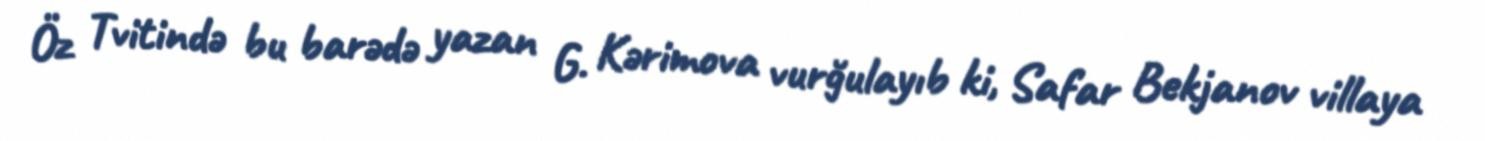
Öz Tvitində bu barədə yazan G. Kərimova vurğulayıb ki, Safar Bekjanov villaya